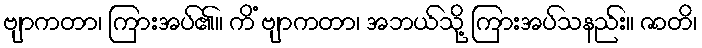
ဗျာကတာ၊ ကြားအပ်၏။ ကိံ ဗျာကတာ၊ အဘယ်သို့ ကြားအပ်သနည်း။ ဇာတိ၊